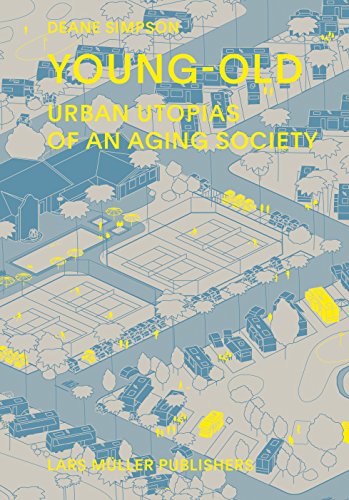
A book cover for Young-Old: Urban Utopias of an Aging Society; Deane Simpson; Arts & Photography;